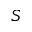
{ \cal S }